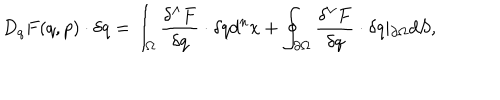
D _ { q } F ( q , p ) \cdot \delta q = \int _ { { \Omega } } { \frac { \delta ^ { \wedge } F } { \delta q } } \cdot \delta q d ^ { n } x + \oint _ { \partial { \Omega } } { \frac { \delta ^ { \vee } F } { \delta q } } \cdot \delta q \vert _ { \partial { \Omega } } d S ,